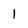
Character: 1